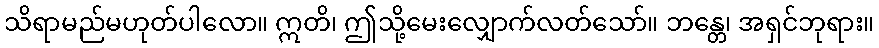
သိရာမည်မဟုတ်ပါလော။ ဣတိ၊ ဤသို့မေးလျှောက်လတ်သော်။ ဘန္တေ၊ အရှင်ဘုရား။